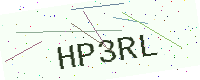
Text: HP3RL